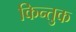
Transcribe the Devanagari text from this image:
किन्तुक